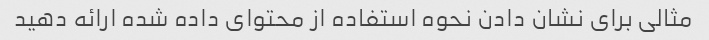
مثالی برای نشان دادن نحوه استفاده از محتوای داده شده ارائه دهید